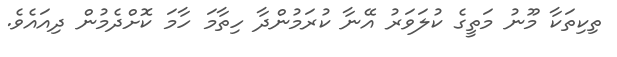
ތިކިތަކާ މޫނު މަތީގެ ކުލަވަރު އޭނާ ކުރަމުންދާ ހިތާމަ ހާމަ ކޮށްދެމުން ދިއައެވެ.